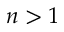
n > 1